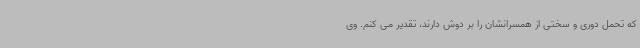
که تحمل دوری و سختی از همسرانشان را بر دوش دارند، تقدیر می کنم. وی